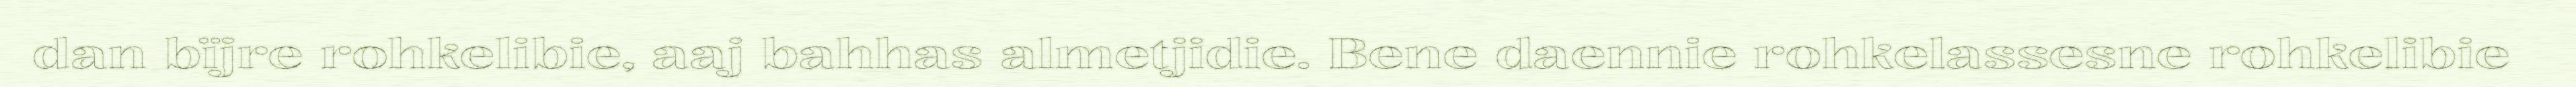
dan bïjre rohkelibie, aaj bahhas almetjidie. Bene daennie rohkelassesne rohkelibie